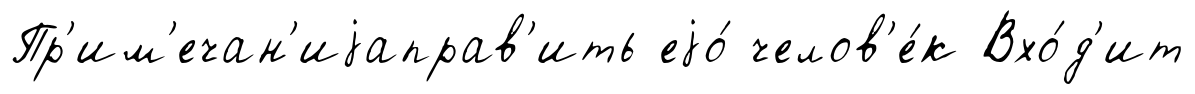
Пр'им'ечан'иjаправ'ить еjо́ челов'е́к Вхо́д'ит